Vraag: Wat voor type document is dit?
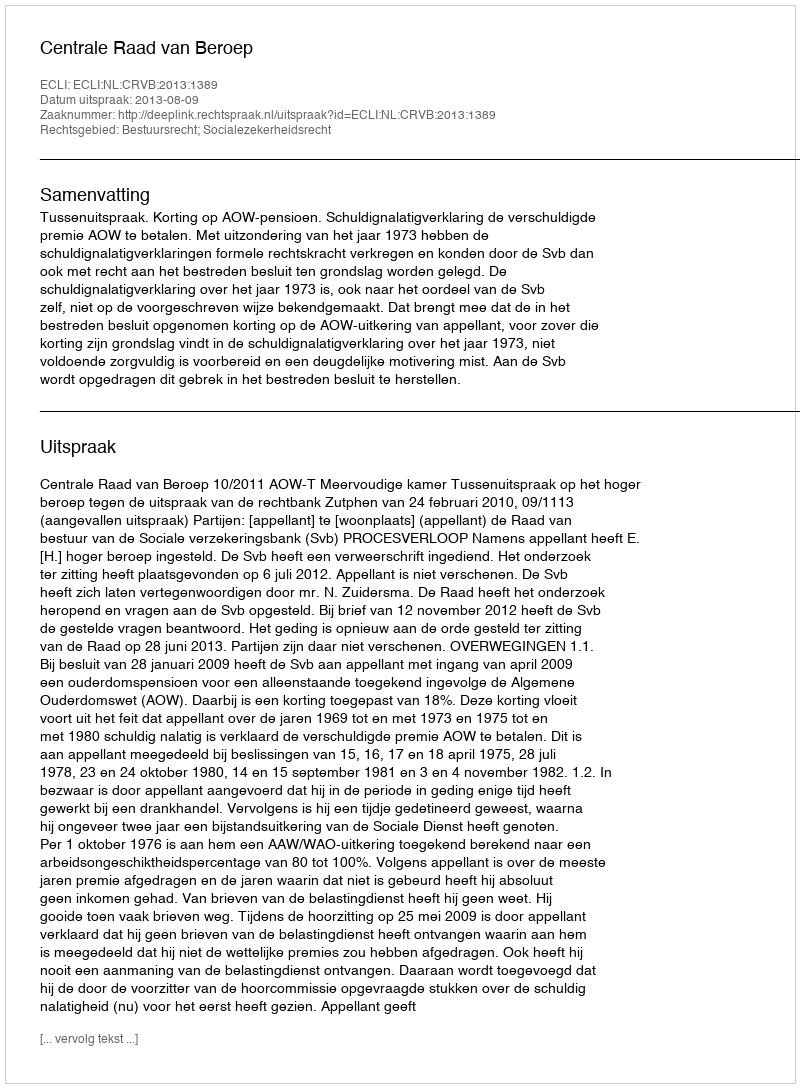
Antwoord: Uitspraak